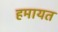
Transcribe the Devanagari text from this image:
हमायत